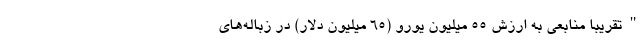
"تقریبا منابعی به ارزش 55 میلیون یورو (65 میلیون دلار) در زباله‌های